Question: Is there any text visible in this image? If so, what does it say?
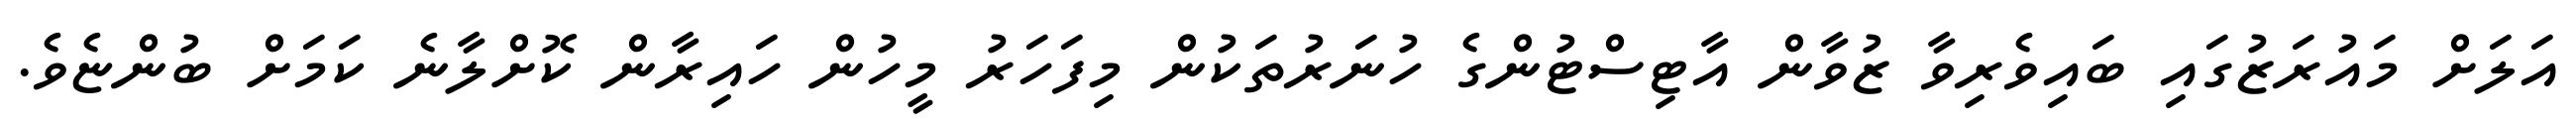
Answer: އަލަށް މައުރަޒުގައި ބައިވެރިވާ ޒުވާން އާޓިސްޓުންގެ ހުނަރުތަކުން މިފަހަރު މީހުން ހައިރާން ކޮށްލާނެ ކަމަށް ބުންޏެވެ.